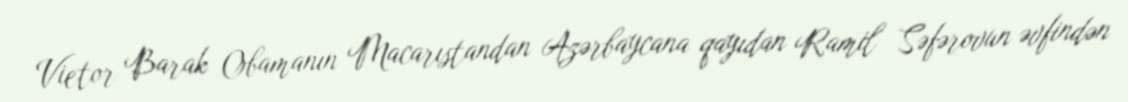
Vietor Barak Obamanın Macarıstandan Azərbaycana qayıdan Ramil Səfərovun əvfindən